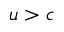
u > c